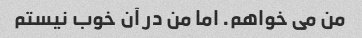
من می خواهم. اما من در آن خوب نیستم